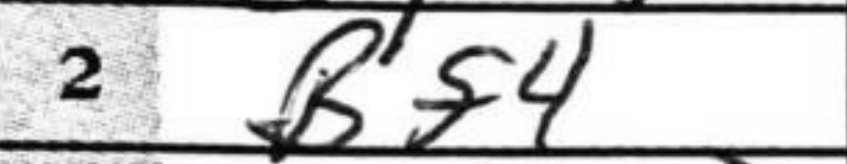
Transcription: Bf4